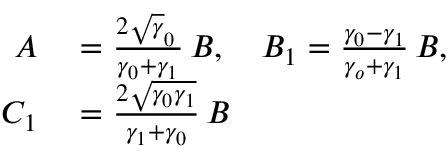
\begin{array} { r l } { A } & { { } = \frac { 2 \sqrt \gamma _ { 0 } \, } { \gamma _ { 0 } + \gamma _ { 1 } } \, B , \quad B _ { 1 } = \frac { \gamma _ { 0 } - \gamma _ { 1 } } { \gamma _ { o } + \gamma _ { 1 } } \, B , } \\ { C _ { 1 } } & { { } = \frac { 2 \sqrt { \gamma _ { 0 } \gamma _ { 1 } } } { \gamma _ { 1 } + \gamma _ { 0 } } \, B } \end{array}